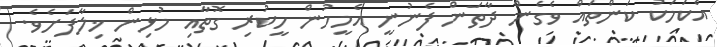
އެކަމަކު ކަންތައް ވެގެން ދާތަން ފެނުނީ އެމީހުން ހީކުރި ގޮތާއި މުޅިން ޚިލާފަށެވެ.